Annual report of the Punjab Veterinary College and of the Civil Veterinary Department, Punjab - 1920-1925
Year: 1920
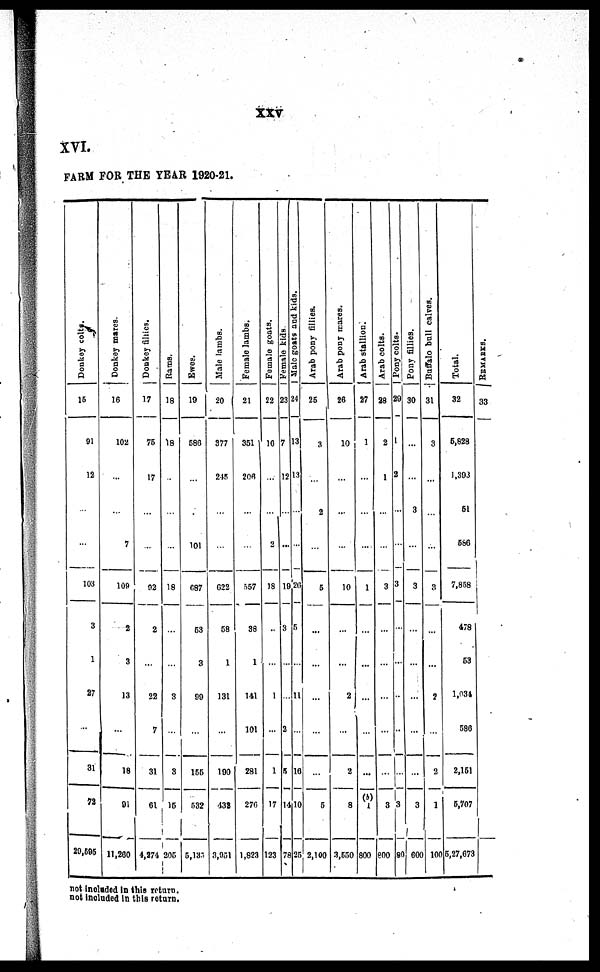
XXV
XVI.
FARM FOR T H E YEAR 1920-21.
Donkey colts.
15
91
12
...
...
103
3
1
27
...
31
72
20, 595
Donkey marcs.
16
102
...
...
7
109
2
3
13
...
18
91
11, 260
Donkey fillies.
17
75
17
...
...
92
2
...
22
7
31
61
4, 274
Rams.
18
18
...
...
...
18
...
...
3
...
3
15
205
Ewes.
19
586
...
...
101
687
53
3
99
...
155
532
5, 135
Male lambs.
20
377
245
...
...
622
68
1
131
...
100
432
3, 951
Female lambs.
21
351
206
...
...
557
38
1
141
101
281
270
1, 823
Female goats.
22
16
...
...
2
18
...
...
1
...
1
17
123
Female kids
Male goats and kids.
23 24
7 1 3
1 2 1 3
...
...
1 9 2 0
3 5
...
. . . 1 1
2 ...
5 16
1 4 1 0
7 8 2 5
Arab pony fillies.
25
3
...
2
...
5
...
...
...
...
...
6
2, 100
Arab pony mares.
26
10
...
...
...
10
...
...
2
...
2
8
3, 550
Arab stallion.
27
1
...
...
...
1
...
...
...
...
...
1
800
Arab colts.
28
2
1
...
...
3
...
...
...
...
...
8
800
Pony colts.
29
1
2
...
...
3
...
...
...
...
...
3
80
Pony fillies.
30
...
...
3
...
3
...
...
...
...
...
3
600
Buffalo ball calves.
31
3
...
...
...
3
...
2
...
2
1
100
Total.
32
6, 828
1, 393
51
568
7, 858
478
53
1, 034
586
2, 161
5, 707
5, 27, 673
REMARKS.
33
n o t i ncl uded in this ret urn.
not i ncl uded in this return.